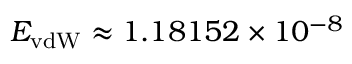
E _ { \mathrm { v d W } } \approx 1 . 1 8 1 5 2 \times 1 0 ^ { - 8 }